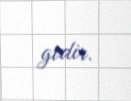
gedir.